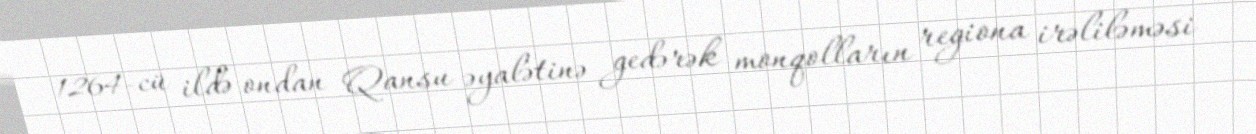
1264-cü ildə ondan Qansu əyalətinə gedərək monqolların regiona irəliləməsi